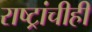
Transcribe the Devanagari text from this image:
राष्ट्रांचीही